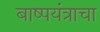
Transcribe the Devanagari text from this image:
बाष्पयंत्राचा